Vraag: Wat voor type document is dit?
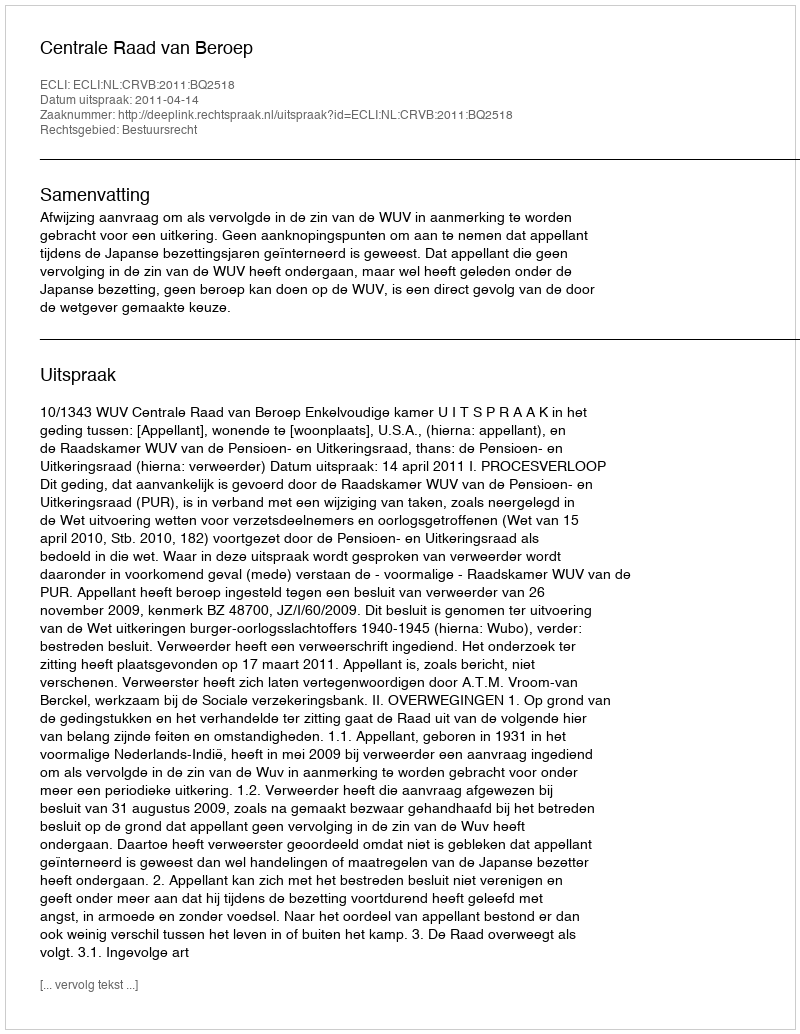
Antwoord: Uitspraak